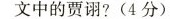
文中的贾诩?(4分)